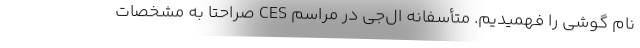
نام گوشی را فهمیدیم. متأسفانه ال‌جی در مراسم CES صراحتا به مشخصات